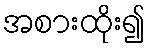
အစားထိုး၍